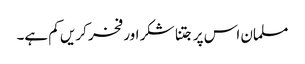
مسلمان اس پر جتنا شکر اور فخر کریں کم ہے۔